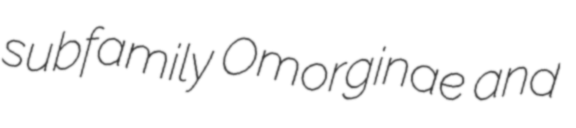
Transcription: subfamily Omorginae and